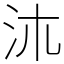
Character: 㳈